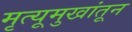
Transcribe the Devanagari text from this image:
मृत्यूमुखांतून